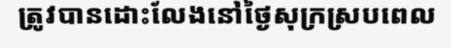
ត្រូវបានដោះលែងនៅថ្ងៃសុក្រស្របពេល